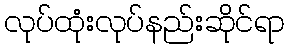
လုပ်ထုံးလုပ်နည်းဆိုင်ရာ